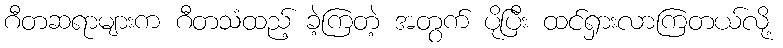
ဂီတဆရာများက ဂီတသံထည့် ခဲ့ကြတဲ့ အတွက် ပိုပြီး ထင်ရှားလာကြတယ်လို့